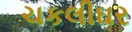
ચકલીઘર